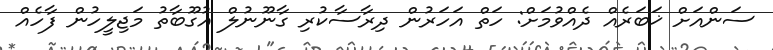
ސަންއަށް ޚަބަރެއް ދެއްވުމަށް: ހަތް އަހަރުން ދިރާސާކުރި ގާނޫނުލް އުގޫބާތު މަޖިލީހުން ފާހެއް